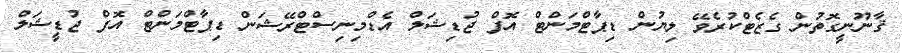
ޤާނޫނީގޮތުން ގެޒެޓްކުރެވޭ ލިޔުން ޑިޕާޓްމަންޓް އޮފް ޖުޑިޝަލް އެޑްމިނިސްޓްރޭޝަން ޑިޕާޓްމަންޓް އޮފް ޖުޑީޝަލް